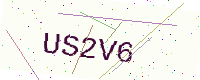
Text: US2V6